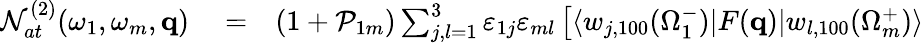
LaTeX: \begin{array}{rlr}{{\cal N}_{at}^{(2)}(\omega_{1},\omega_{m},\mathbf{q})}&{{}=}&{(1+{\cal P}_{1m})\sum_{j,l=1}^{3}\varepsilon_{1j}\varepsilon_{ml}\left[\langle w_{j,100}(\Omega_{1}^{-})|F(\mathbf{q})|{w}_{l,100}(\Omega_{m}^{+})\rangle\right.}\end{array}